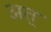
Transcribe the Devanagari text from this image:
अत्‌